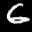
Label: 6